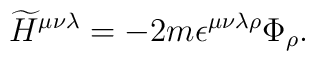
{\widetilde H}^{\mu\nu\lambda} = - 2m \epsilon^{\mu\nu\lambda\rho}\Phi_\rho.